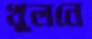
খুলনে